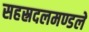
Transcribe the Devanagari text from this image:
सहस्रदलमण्डले